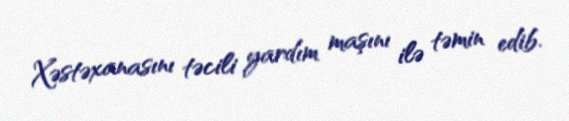
Xəstəxanasını təcili yardım maşını ilə təmin edib.